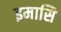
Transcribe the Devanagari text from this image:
इमासि